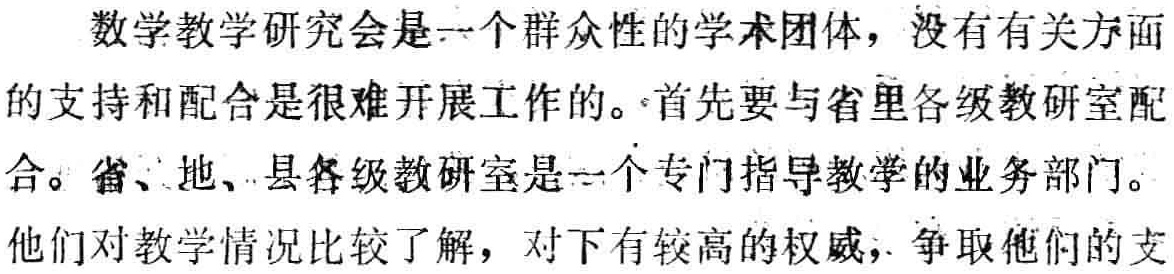
数学教学研究会是一个群众性的学术团体，没有有关方面的支持和配合是很难开展工作的。首先要与省里各级教研室配合。省、地、县各级教研室是一个专门指导教学的业务部门。他们对教学情况比较了解，对下有较高的权威，争取他们的支